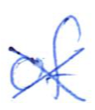
Text: of
Cross-out: cross
Writing tool: ballpoint